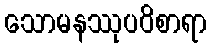
သောမနဿုပဝိစာရာ